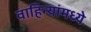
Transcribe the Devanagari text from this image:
वाहिन्यांमध्ये